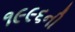
૧૯૯૬ની